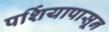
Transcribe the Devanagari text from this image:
पर्शियापासून